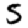
Digit: 5